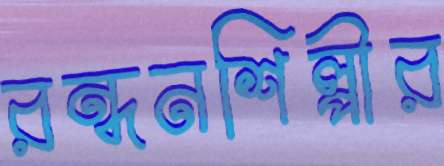
রন্ধনশিল্পীর